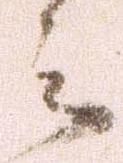
言